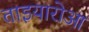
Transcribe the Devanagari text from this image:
ताइयारोआ